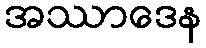
အဿာဒေန